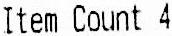
ITEM COUNT 4